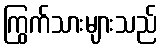
ကြွက်သားများသည်